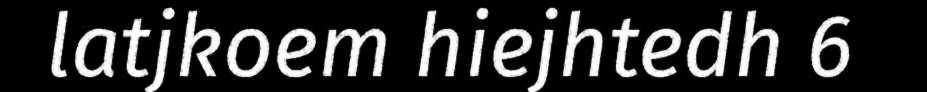
latjkoem hiejhtedh 6